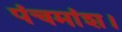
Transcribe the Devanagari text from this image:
पंचमांश।